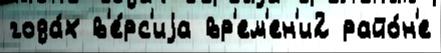
года́х в'е́рс'иjа вр'ем'ен'и2 райо́н'е